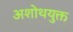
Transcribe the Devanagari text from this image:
अशोथयुक्त